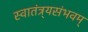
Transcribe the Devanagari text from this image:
स्वातंत्र्यसंभवम्